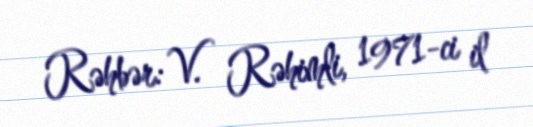
Rəhbər: V. Rəhimli, 1971-ci il